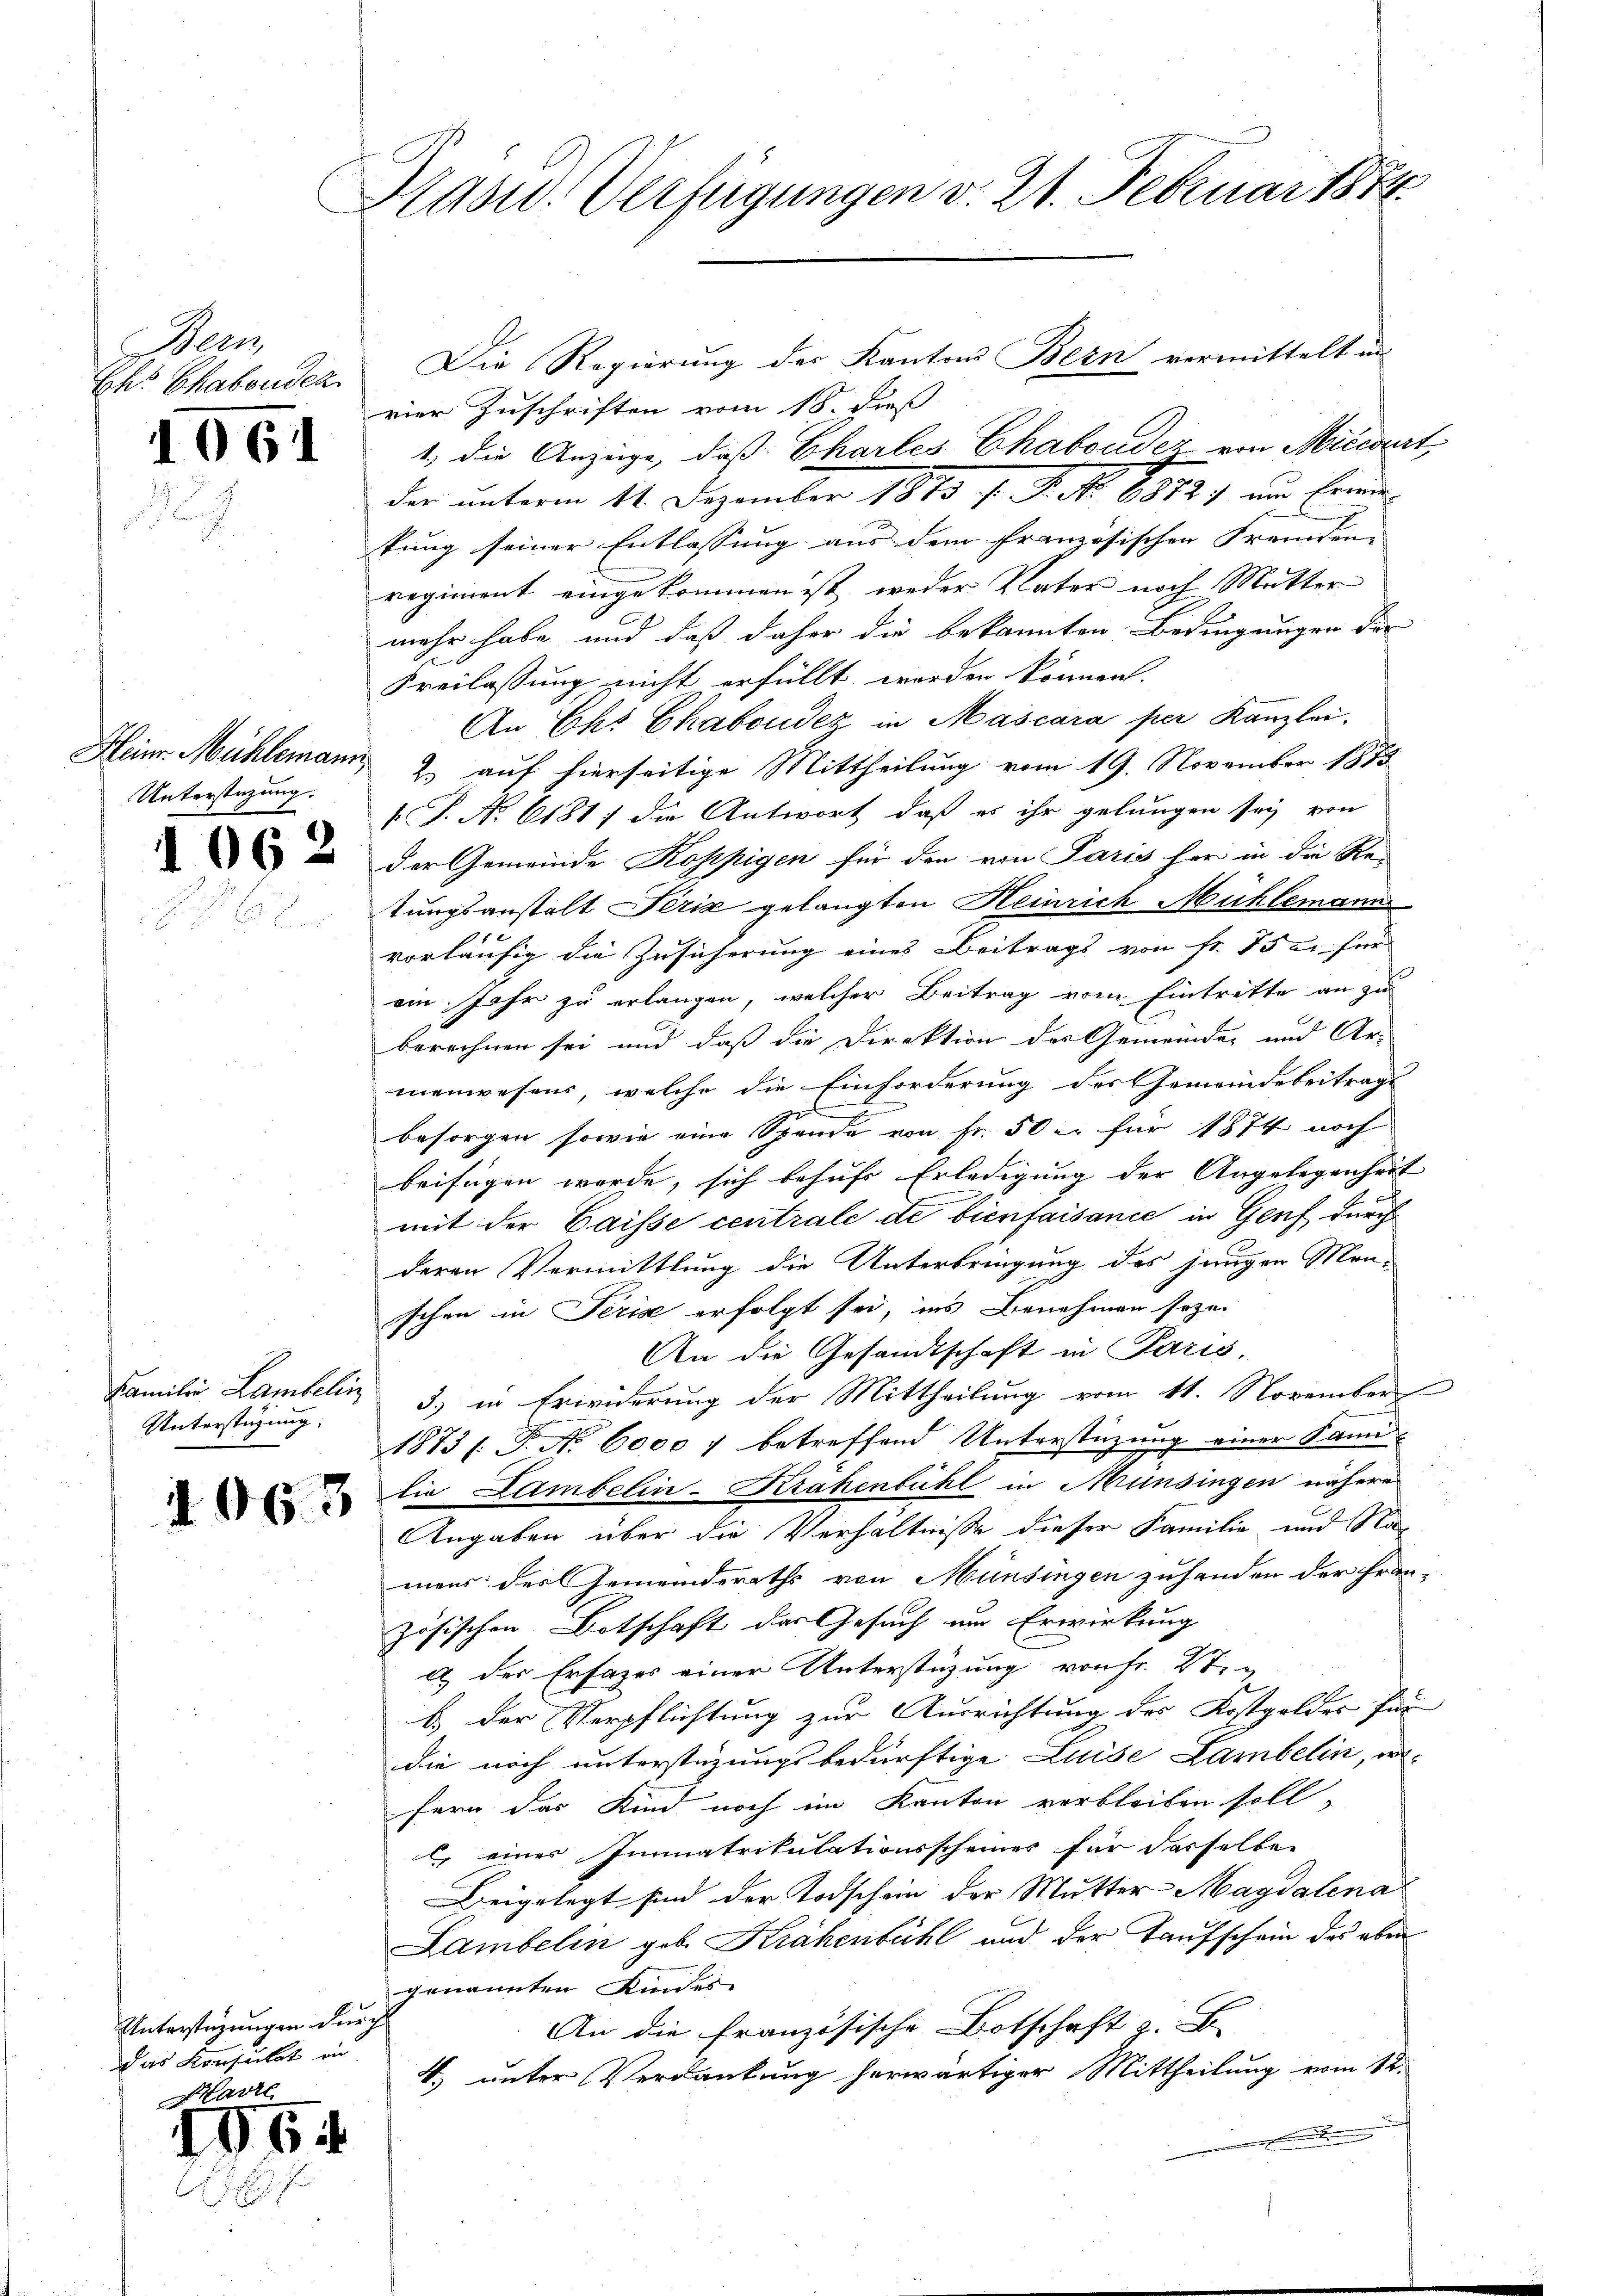
Men
Ihr Chabenden

61

Unterstüzung.

062

Familie Lambelin
Unterstüzung.

1063

Unterstüzungen durch
das Konsulat in
Mavre

964

Hasu. Verfügungen v. 21. Februar 1874

Die Regierung der Kantons Bern vermittelt in
vier Zuschriften vom 18. dieß
1., die Anzüge, daß Charles Chaboudez von Mieiert,
der unterm 11. Dezember 1890 f. A. S. 1814. und Freun
kung seiner Entlassung aus dem französischen Fremden- |
regiment eingekommen ist, weder Vater noch Mutter
mehr habe und daß daher die bekannten Bedingungen der
Freilassung nicht erfüllt worden können.
An Ehr Chabsudey in Mascara per Kanzlei,
Heinr. Mühlemann, 2. auf hierseitige Mittheilung vom 19. November 1875
 P. No. 6181) die Antwort, daß es ihr gelungen sey von
der Gemeinde Koppigen für den von Paris her in die Re-
tungsanstalt Perić gelangten Heinrich Mühlemann
vorläufig die Zusicherung eines Beitrags von fr. 15 u. für
ein Jahr zu erlangen, welcher Beitrag vom Eintrette an zu
berechnen sei und daß die Direktion der Gemeinde und Ar-
menwesens, welche die Einforderung des Gemeindebeitrags
besorgen sowie eine Spende von Fr. 50 l. für 1874 noch
beifügen werde, sich behufs Erledigung der Angelegenheit
mit der Gaisse centrale de bienfaisance in Genf durch
deren Vermittlung die Unterbringung des jungen Men-
schen in Seris erfolgt sei, ins Benehmen sozu
An die Gesandtschaft in Paris,
3.) in Erwiderung der Mittheilung vom 11. November
1873/. P. Nr. 6000 f betreffend Unterstüzung einer Famidie Lambelin-Krähenbühl in Münsingen nähere
Angaben über die Verhältnisse dieser Familie und Namens des Gemeinderaths von Münsingen zuhanden der fran-
zösischen Botschaft des Gesuch um Erwirkung
a der Ersatzes einer Unterstüzung von fr. Zt.
b.) Der Verpflichtung zur Ausrichtung des Kostgeldes für
die noch unterstüzungsbedürftige Luise Lambelin, eifern das Kind noch im Kanton verbleiben soll,
l, eines Immatrikulationsscheines für dasselben
Beigelegt sind der Todschein der Mutter Magdalena
Lambelin geb. Krähenbühl und der Taufschein des aber
genannten Kindes
An die Französische Botschaft z. B.
4. unter Verdankung herwärtiger Mittheilung vom 12.
.